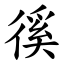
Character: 徯